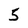
Character: 5